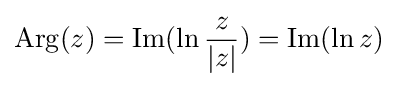
\operatorname {Arg} (z)=\operatorname {Im} (\ln {\frac {z}{|z|}})=\operatorname {Im} (\ln z)